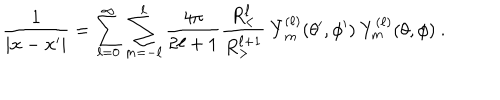
\frac { 1 } { | { \bf x } - { \bf x ^ { \prime } } | } = \sum _ { \ell = 0 } ^ { \infty } \sum _ { m = - \ell } ^ { \ell } \frac { 4 \pi } { 2 \ell + 1 } \frac { R _ { < } ^ { \ell } } { R _ { > } ^ { \ell + 1 } } \ \bar { Y } _ { m } ^ { ( \ell ) } ( \theta ^ { \prime } , \phi ^ { \prime } ) \ Y _ { m } ^ { ( \ell ) } ( \theta , \phi ) \ .